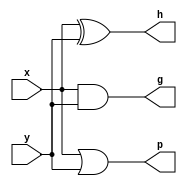
module hsum (input      x,
             input      y,
             output     p,
             output     g,
             output     h
             );


assign h = x ^ y;
assign p = x | y;
assign g = x & y;

endmodule

module scalar (input gl, gh,
               input pl, ph,
               output glh,
               output plh
               );

assign glh = gh | ( ph & gl );
assign plh = ( ph & pl );

endmodule

module sum (input   hi,
            input   gi,
            output  s
            );

assign s = hi ^ gi;

endmodule